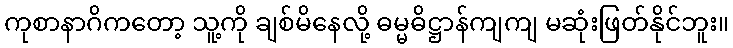
ကုစာနာဂိကတော့ သူ့ကို ချစ်မိနေလို့ ဓမ္မဓိဋ္ဌာန်ကျကျ မဆုံးဖြတ်နိုင်ဘူး။